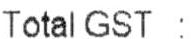
TOTAL GST :